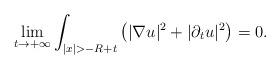
LaTeX: \begin{align*} \lim_{t \to + \infty} \int_{|x|> - R + t} \left( |\nabla u|^2 + |\partial_t u|^2 \right) = 0.\end{align*}